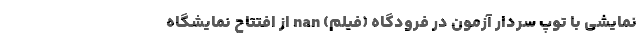
نمایشی با توپ سردار آزمون در فرودگاه (فیلم) nan از افتتاح نمایشگاه